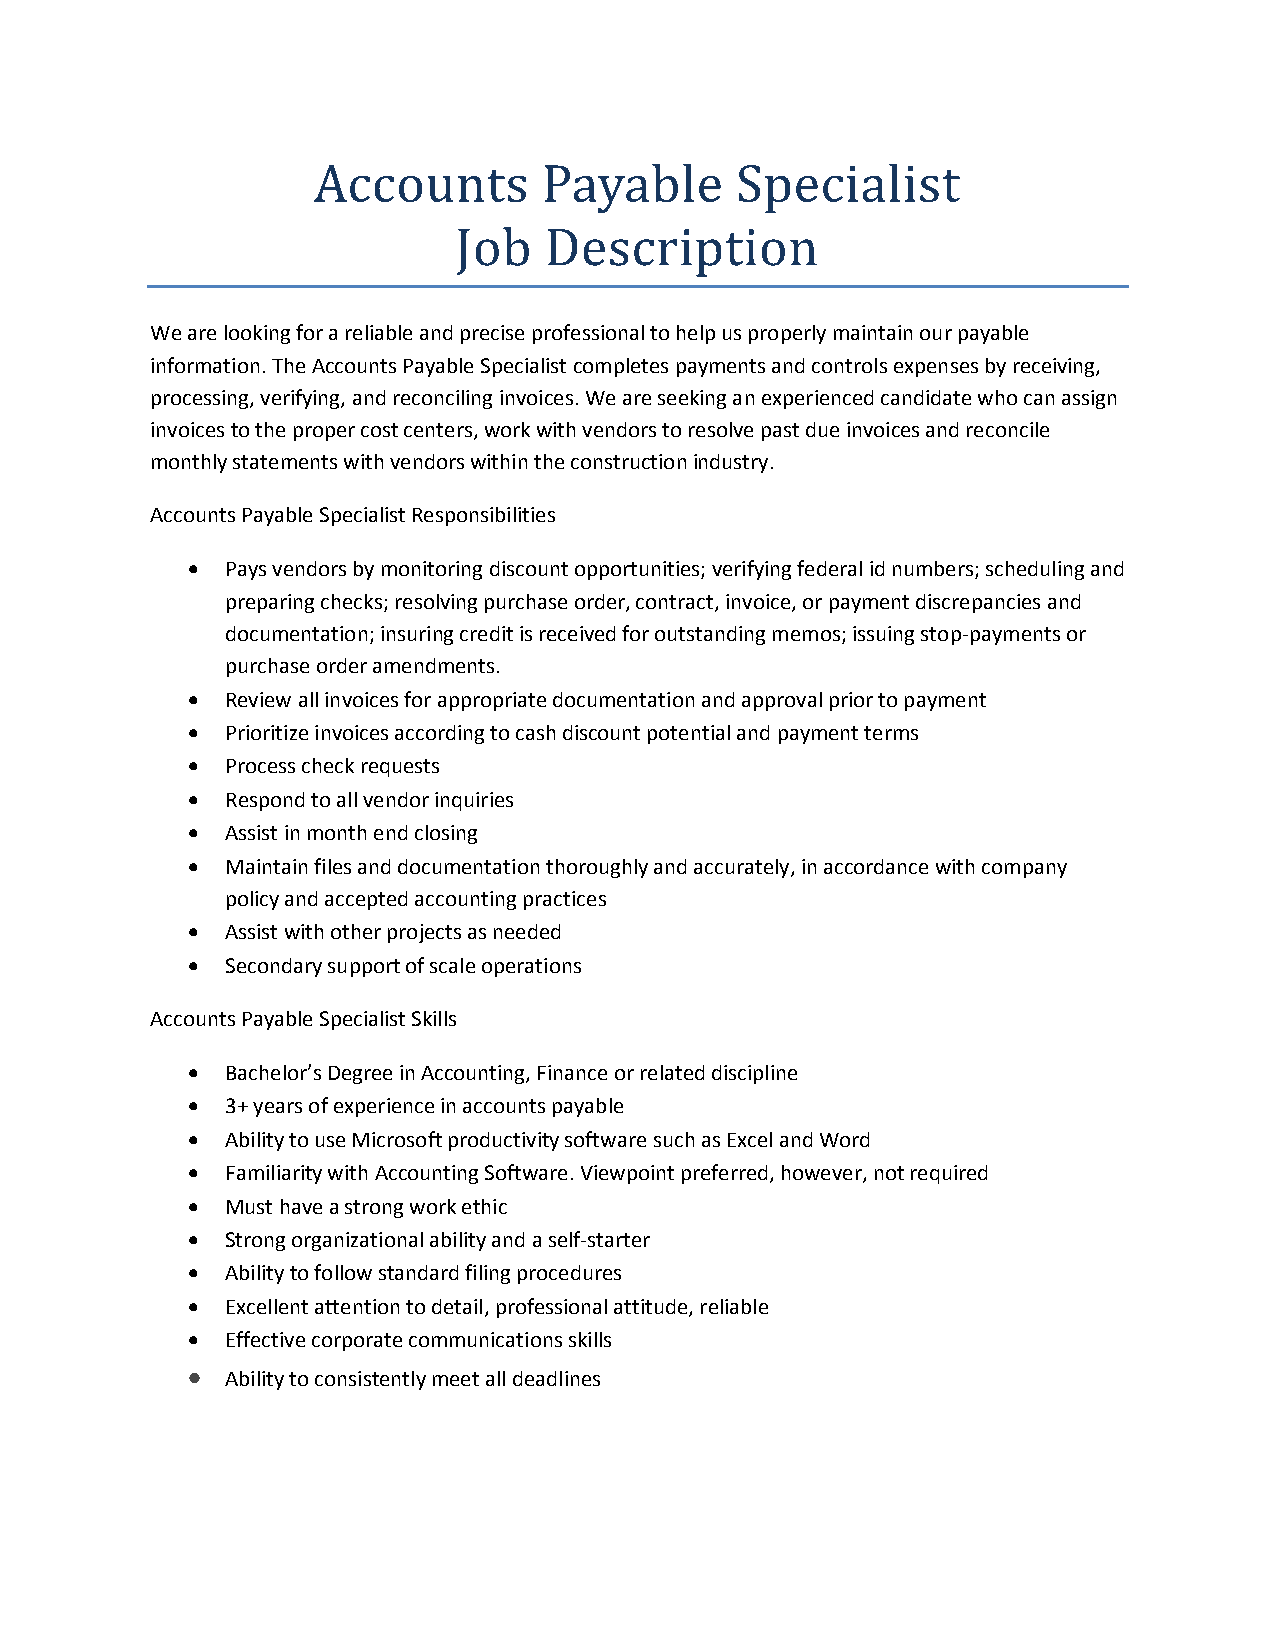
Accounts       Payable      Specialist
 Job   Description
 We are looking for a reliable and precise professional to help us properly maintain our payable
 information. The Accounts Payable Specialist completes payments and controls expenses by receiving,
 processing, verifying, and reconciling invoices. We are seeking an experienced candidate who can assign
 invoices to the proper cost centers, work with vendors to resolve past due invoices and reconcile
 monthly statements with vendors within the construction industry.
 Accounts Payable Specialist Responsibilities
   Pays vendors by monitoring discount opportunities; verifying federal id numbers; scheduling and
 preparing checks; resolving purchase order, contract, invoice, or payment discrepancies and
 documentation; insuring credit is received for outstanding memos; issuing stop-payments or
 purchase order amendments.
   Review all invoices for appropriate documentation and approval prior to payment
   Prioritize invoices according to cash discount potential and payment terms
   Process check requests
   Respond to all vendor inquiries
   Assist in month end closing
   Maintain files and documentation thoroughly and accurately, in accordance with company
 policy and accepted accounting practices
   Assist with other projects as needed
   Secondary support of scale operations
 Accounts Payable Specialist Skills
   Bachelor’s Degree in Accounting, Finance or related discipline
   3+ years of experience in accounts payable
   Ability to use Microsoft productivity software such as Excel and Word
   Familiarity with Accounting Software. Viewpoint preferred, however, not required
   Must have a strong work ethic
   Strong organizational ability and a self-starter
   Ability to follow standard filing procedures
   Excellent attention to detail, professional attitude, reliable
   Effective corporate communications skills
   Ability to consistently meet all deadlines